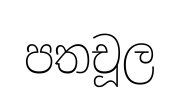
පතචූල